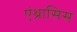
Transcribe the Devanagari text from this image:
एंथ्रासिस